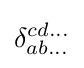
\delta _{ab\dots }^{cd\dots }